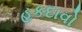
હકદાવો